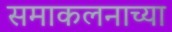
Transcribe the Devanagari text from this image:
समाकलनाच्या